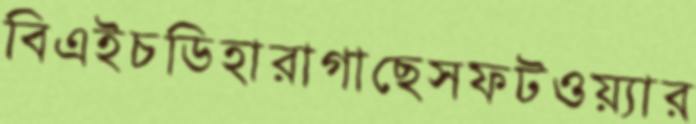
বিএইচডিহারাগাছেসফটওয়্যার